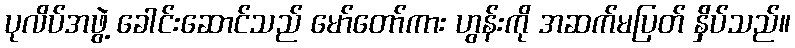
ပုလိပ်အဖွဲ့ ခေါင်းဆောင်သည် မော်တော်ကား ဟွန်းကို အဆက်မပြတ် န်ှိပ်သည်။